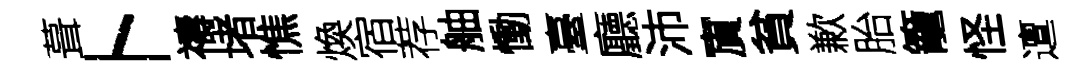
葺卜禱堵憔煥宿荐舳慟臺廳沛賔貧歉胎籠怪邅